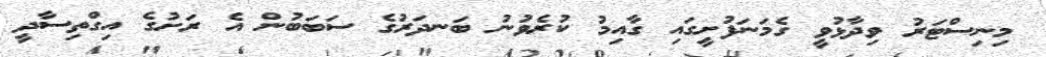
މިނިސްޓަރު ވިދާޅުވީ ގެމަނަފުށީގައި ގާއިމު ކުރެވުނު ބަނދަރުގެ ސަބަބުން އެ ރަށުގެ އިގްތިސާދީ